Technical education in continuation classes, 1936
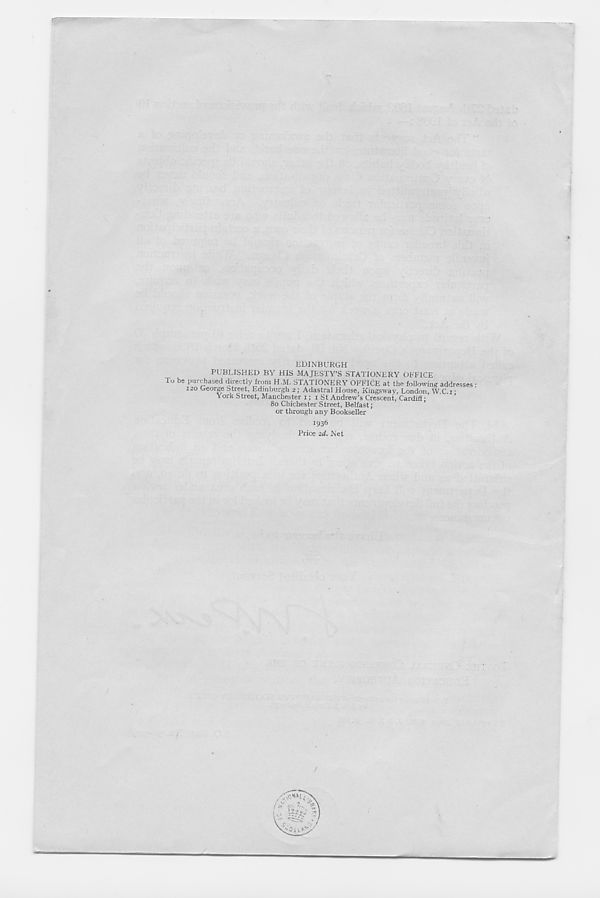
EDINBURGH
PUBLISHED BY HIS MAJESTY’S STATIONERY OFFICE
To be purchased directly from H.M. STATIONERY OFFICE at the following addresses :
120 George Street, Edinburgh 2; Adastral House, Kingsway, London, W.C.i •
York Street, Manchester 1; 1 St Andrew’s Crescent, Cardiff •
80 Chichester Street, Belfast;
or through any Bookseller
1936
Price 2d. Net